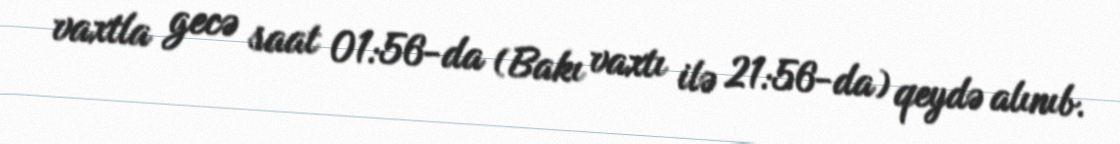
vaxtla gecə saat 01:56-da (Bakı vaxtı ilə 21:56-da) qeydə alınıb.